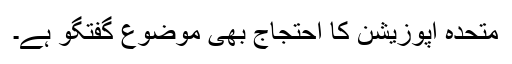
متحدہ اپوزیشن کا احتجاج بھی موضوعِ گفتگو ہے۔